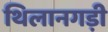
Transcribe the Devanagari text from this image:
थिलानगड़ी